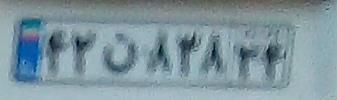
۴۲ن۸۳۸۲۴